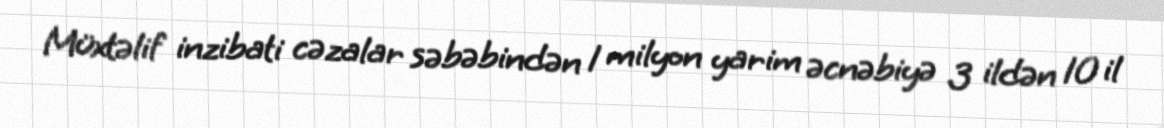
Müxtəlif inzibati cəzalar səbəbindən 1 milyon yarim əcnəbiyə 3 ildən 10 il